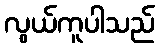
လွယ်ကူပါသည်